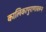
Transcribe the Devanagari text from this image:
कालिकापुराणावरून